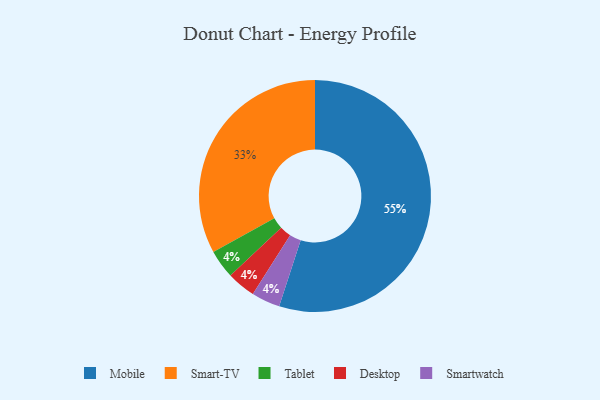
{"axis": {"x": "Category", "y": "Percentage"}, "legend": ["Desktop", "Mobile", "Smart-TV", "Smartwatch", "Tablet"], "data": [{"x": "Tablet", "y": 4, "type": "Tablet"}, {"x": "Smart-TV", "y": 33, "type": "Smart-TV"}, {"x": "Mobile", "y": 55, "type": "Mobile"}, {"x": "Desktop", "y": 4, "type": "Desktop"}, {"x": "Smartwatch", "y": 4, "type": "Smartwatch"}]}